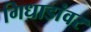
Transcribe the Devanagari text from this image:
गिधाडांवर